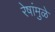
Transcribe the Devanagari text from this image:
रेषांमुळे